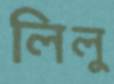
লিলু